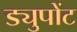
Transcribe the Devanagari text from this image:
ड्युपोंट